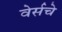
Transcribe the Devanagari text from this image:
वेर्सचे